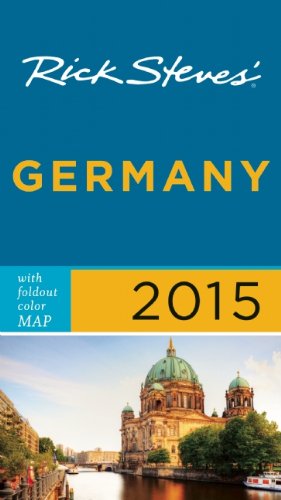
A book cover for Rick Steves Germany 2015; Rick Steves; Travel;